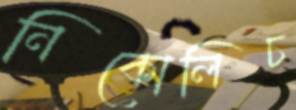
নিকোলিচ